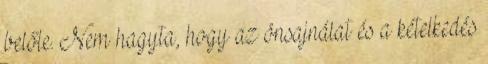
belőle. Nem hagyta, hogy az önsajnálat és a kételkedés